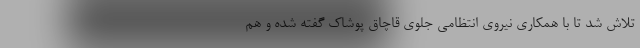
تلاش شد تا با همکاری نیروی انتظامی جلوی قاچاق پوشاک گفته شده و هم